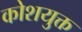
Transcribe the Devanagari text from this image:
कोशयुक्त